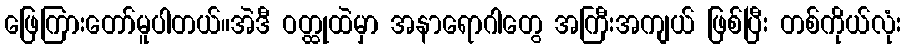
ဖြေကြားတော်မူပါတယ်။အဲဒီ ဝတ္ထုထဲမှာ အနာရောဂါတွေ အကြီးအကျယ် ဖြစ်ပြီး တစ်ကိုယ်လုံး